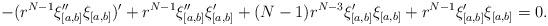
LaTeX: \begin{align*}-(r^{N-1}\xi_{[a,b]}''\xi_{[a,b]})' + r^{N-1} \xi_{[a,b]}''\xi_{[a,b]}'+(N-1) r^{N-3} \xi_{[a,b]}'\xi_{[a,b]}+r^{N-1} \xi_{[a,b]}'\xi_{[a,b]}=0.\end{align*}